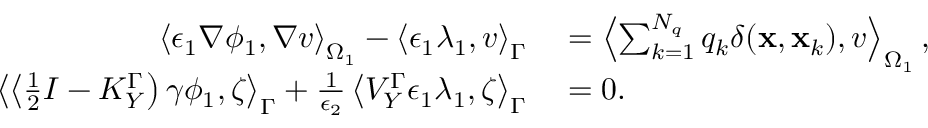
\begin{array} { r l } { \left\langle \epsilon _ { 1 } \nabla \phi _ { 1 } , \nabla v \right\rangle _ { \Omega _ { 1 } } - \left\langle \epsilon _ { 1 } \lambda _ { 1 } , v \right\rangle _ { \Gamma } } & { { } = \left\langle \sum _ { k = 1 } ^ { N _ { q } } q _ { k } \delta ( \mathbf { x } , \mathbf { x } _ { k } ) , v \right\rangle _ { \Omega _ { 1 } } , } \\ { \left\langle \left\langle \frac { 1 } { 2 } I - K _ { Y } ^ { \Gamma } \right) \gamma \phi _ { 1 } , \zeta \right\rangle _ { \Gamma } + \frac { 1 } { \epsilon _ { 2 } } \left\langle V _ { Y } ^ { \Gamma } \epsilon _ { 1 } \lambda _ { 1 } , \zeta \right\rangle _ { \Gamma } } & { { } = 0 . } \end{array}